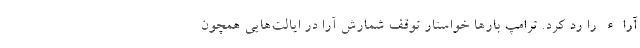
آراء را رد کرد. ترامپ بارها خواستار توقف شمارش آرا در ایالت‌هایی همچون